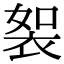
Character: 䘫